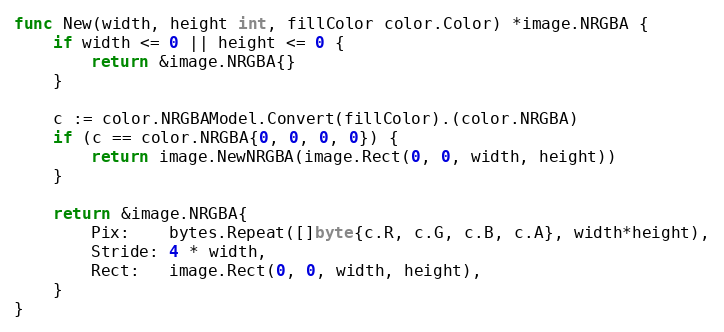
Language: Go
func New(width, height int, fillColor color.Color) *image.NRGBA {
	if width <= 0 || height <= 0 {
		return &image.NRGBA{}
	}

	c := color.NRGBAModel.Convert(fillColor).(color.NRGBA)
	if (c == color.NRGBA{0, 0, 0, 0}) {
		return image.NewNRGBA(image.Rect(0, 0, width, height))
	}

	return &image.NRGBA{
		Pix:    bytes.Repeat([]byte{c.R, c.G, c.B, c.A}, width*height),
		Stride: 4 * width,
		Rect:   image.Rect(0, 0, width, height),
	}
}